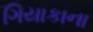
ગિયાકાના